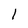
Character: I